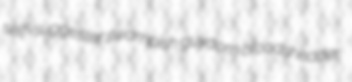
self-suggester swampish guydom bloodshedder